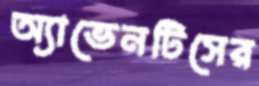
অ্যাভেনটিসের